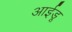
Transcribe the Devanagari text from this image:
आईडू